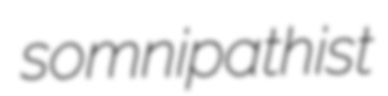
somnipathist